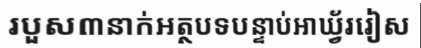
របួស៣នាក់អត្ថបទបន្ទាប់អាឃ្វ័ររៀស